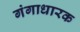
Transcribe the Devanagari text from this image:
गंगाधारक